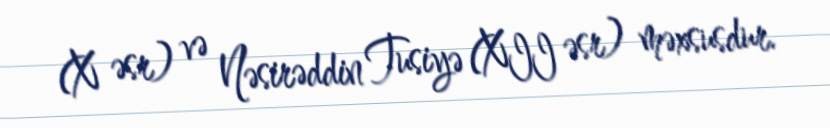
(X əsr) və Nəsirəddin Tusiyə (XII əsr) məxsusdur.